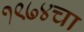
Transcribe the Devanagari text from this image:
१९७४चा